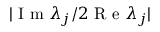
| \textrm { I m } \lambda _ { j } / 2 \textrm { R e } \lambda _ { j } |